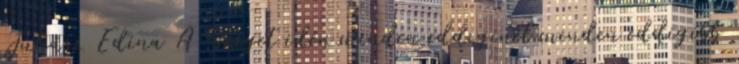
Juhász Edina A Sziget idén minden eddiginél minden eddigibb